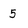
Character: 5